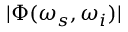
| \Phi ( \omega _ { s } , \omega _ { i } ) |